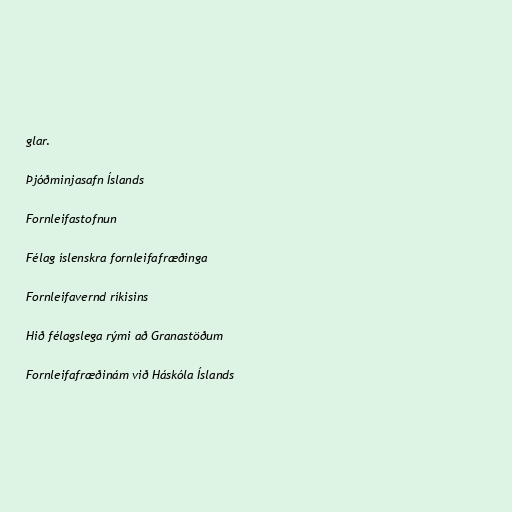
glar.

Þjóðminjasafn Íslands

Fornleifastofnun

Félag íslenskra fornleifafræðinga

Fornleifavernd ríkisins

Hið félagslega rými að Granastöðum

Fornleifafræðinám við Háskóla Íslands